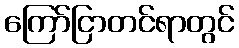
ကြော်ငြာတင်ရာတွင်